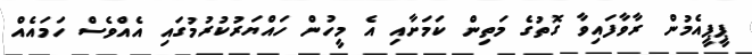
ޕީޕީއެމުން ރާވާފައިވާ ގޮތުގެ މަތިން ކަމަށާއި އެ މީހުން ހައްޔަރުކުރުމުގައި އެއްވެސް ހަމައެއް